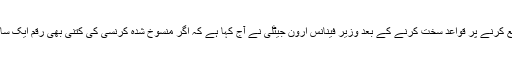
اس دوران پانچ سو روپے اور ایک ہزار روپے کے نوٹ جمع کرنے پر قواعد سخت کرنے کے بعد وزیر فینانس ارون جیٹلی نے آج کہا ہے کہ اگر منسوخ شدہ کرنسی کی کتنی بھی رقم ایک ساتھ جمع کرائے جائے تو کوئی سوالات نہیں کئے جائیں گے۔